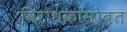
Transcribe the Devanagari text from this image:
विरोधकांसोबत